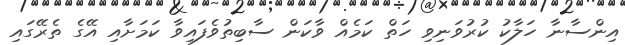
އިންސާނާ ހަލާކު ކުރުވަނިވި ހަތް ކަމެއް ވާކަން ސާބިތުވެފައިވާ ކަމަށާއި އޭގެ ތެރޭގައި